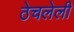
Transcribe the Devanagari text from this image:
ठेचलेली